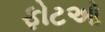
ફોટઓ